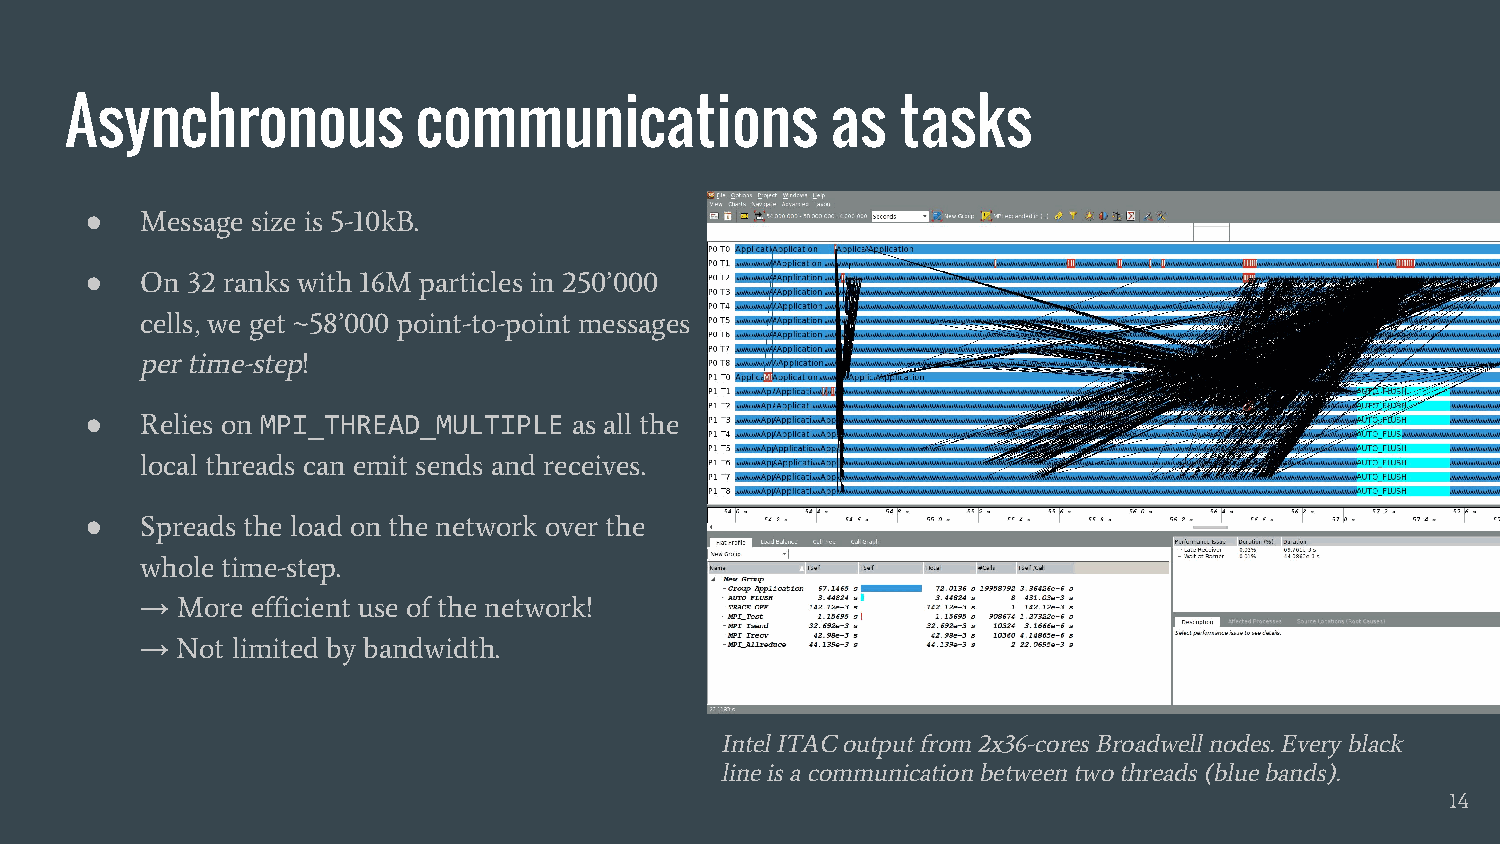
Asynchronous            communications             as   tasks
 ●  Message size is 5-10kB.
 ●  On 32 ranks with 16M particles in 250’000
 cells, we get ~58’000 point-to-point messages
 per time-step!
 ●  Relies on MPI_THREAD_MULTIPLE as all the
 local threads can emit sends and receives.
 ●  Spreads the load on the network over the
 whole time-step.
 →  More efficient use of the network!
 →  Not limited by bandwidth.
 Intel ITAC output from 2x36-cores Broadwell nodes. Every black
 line is a communication between two threads (blue bands).
 14